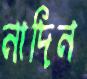
নাদিন